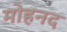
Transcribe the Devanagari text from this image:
मोहनद